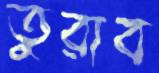
তুরাব